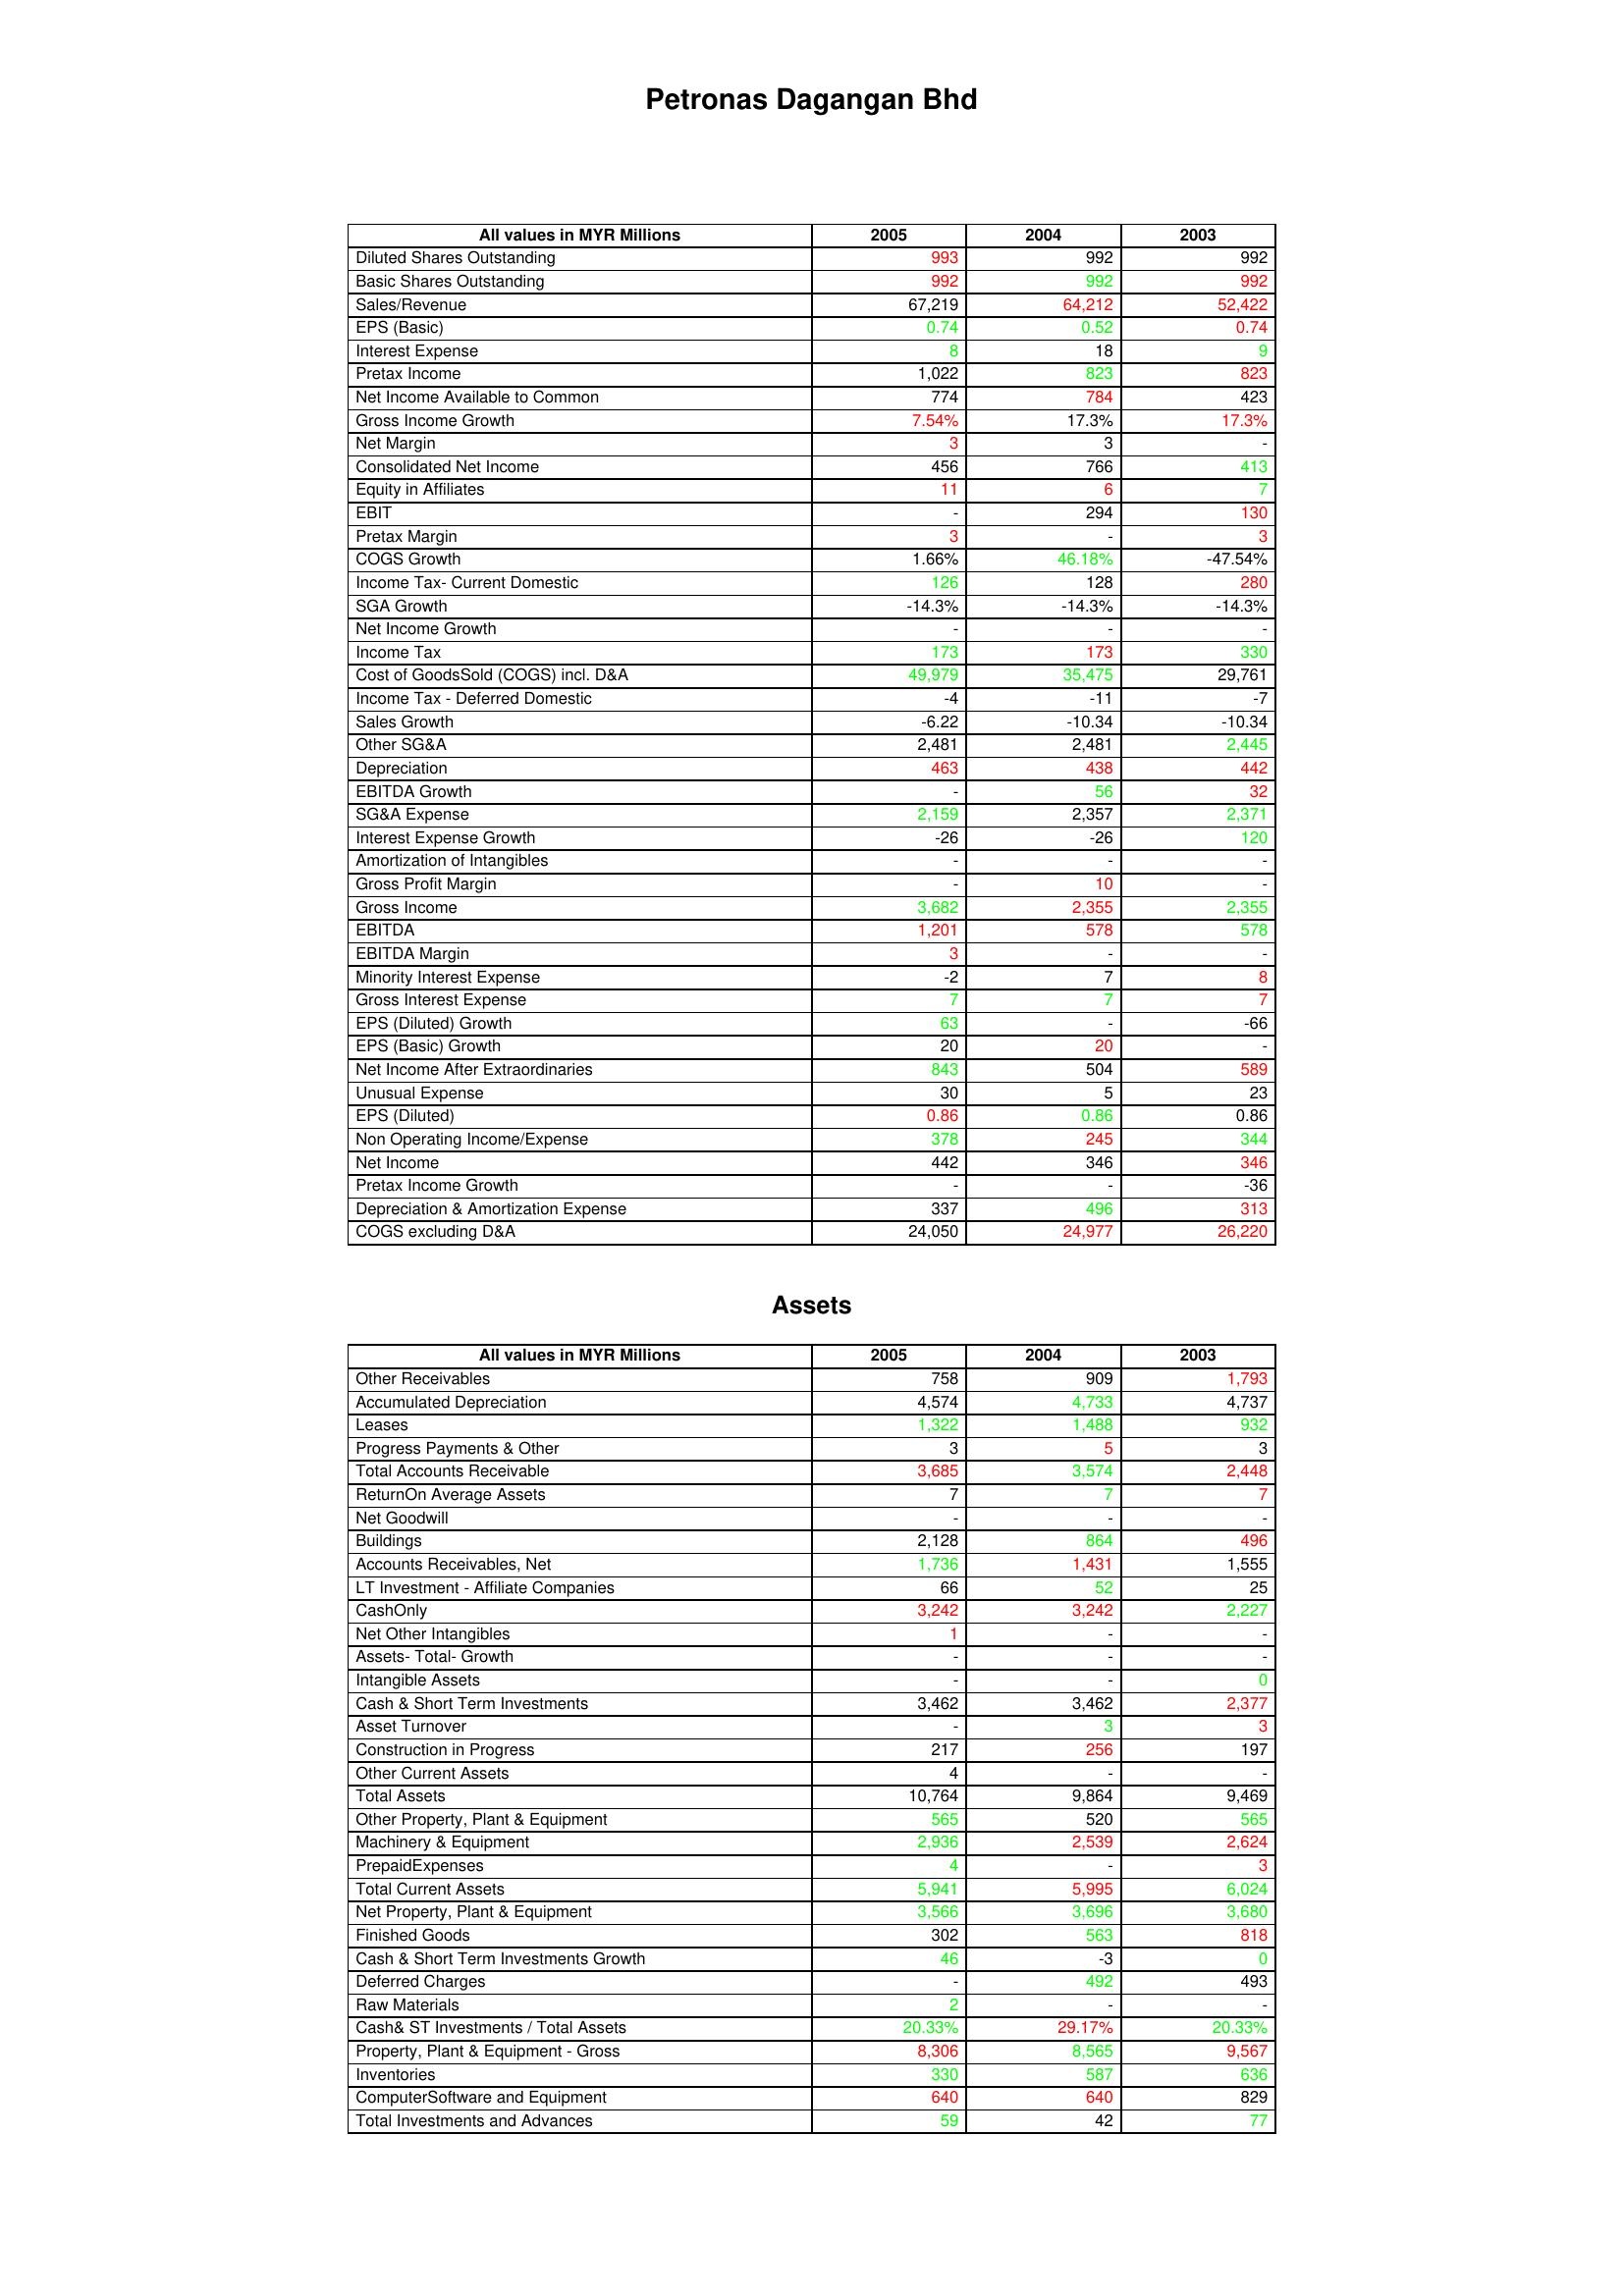
gt_parse: 2005: : Diluted Shares Outstanding: 993
Basic Shares Outstanding: 992
Sales/Revenue: 67,219
EPS (Basic): 0.74
Interest Expense: 8
Pretax Income: 1,022
Net Income Available to Common: 774
Gross Income Growth: 7.54%
Net Margin: 3
Consolidated Net Income: 456
Equity in Affiliates: 11
EBIT: -
Pretax Margin: 3
COGS Growth: 1.66%
Income Tax- Current Domestic: 126
SGA Growth: -14.3%
Net Income Growth: -
Income Tax: 173
Cost of GoodsSold (COGS) incl. D&A: 49,979
Income Tax - Deferred Domestic: -4
Sales Growth: -6.22
Other SG&A: 2,481
Depreciation: 463
EBITDA Growth: -
SG&A Expense: 2,159
Interest Expense Growth: -26
Amortization of Intangibles: -
Gross Profit Margin: -
Gross Income: 3,682
EBITDA: 1,201
EBITDA Margin: 3
Minority Interest Expense: -2
Gross Interest Expense: 7
EPS (Diluted) Growth: 63
EPS (Basic) Growth: 20
Net Income After Extraordinaries: 843
Unusual Expense: 30
EPS (Diluted): 0.86
Non Operating Income/Expense: 378
Net Income: 442
Pretax Income Growth: -
Depreciation & Amortization Expense: 337
COGS excluding D&A: 24,050
Assets: Other Receivables: 758
Accumulated Depreciation: 4,574
Leases: 1,322
Progress Payments & Other: 3
Total Accounts Receivable: 3,685
ReturnOn Average Assets: 7
Net Goodwill: -
Buildings: 2,128
Accounts Receivables, Net: 1,736
LT Investment - Affiliate Companies: 66
CashOnly: 3,242
Net Other Intangibles: 1
Assets- Total- Growth: -
Intangible Assets: -
Cash & Short Term Investments: 3,462
Asset Turnover: -
Construction in Progress: 217
Other Current Assets: 4
Total Assets: 10,764
Other Property, Plant & Equipment: 565
Machinery & Equipment: 2,936
PrepaidExpenses: 4
Total Current Assets: 5,941
Net Property, Plant & Equipment: 3,566
Finished Goods: 302
Cash & Short Term Investments Growth: 46
Deferred Charges: -
Raw Materials: 2
Cash& ST Investments / Total Assets: 20.33%
Property, Plant & Equipment - Gross : 8,306
Inventories: 330
ComputerSoftware and Equipment: 640
Total Investments and Advances: 59
2004: : Diluted Shares Outstanding: 992
Basic Shares Outstanding: 992
Sales/Revenue: 64,212
EPS (Basic): 0.52
Interest Expense: 18
Pretax Income: 823
Net Income Available to Common: 784
Gross Income Growth: 17.3%
Net Margin: 3
Consolidated Net Income: 766
Equity in Affiliates: 6
EBIT: 294
Pretax Margin: -
COGS Growth: 46.18%
Income Tax- Current Domestic: 128
SGA Growth: -14.3%
Net Income Growth: -
Income Tax: 173
Cost of GoodsSold (COGS) incl. D&A: 35,475
Income Tax - Deferred Domestic: -11
Sales Growth: -10.34
Other SG&A: 2,481
Depreciation: 438
EBITDA Growth: 56
SG&A Expense: 2,357
Interest Expense Growth: -26
Amortization of Intangibles: -
Gross Profit Margin: 10
Gross Income: 2,355
EBITDA: 578
EBITDA Margin: -
Minority Interest Expense: 7
Gross Interest Expense: 7
EPS (Diluted) Growth: -
EPS (Basic) Growth: 20
Net Income After Extraordinaries: 504
Unusual Expense: 5
EPS (Diluted): 0.86
Non Operating Income/Expense: 245
Net Income: 346
Pretax Income Growth: -
Depreciation & Amortization Expense: 496
COGS excluding D&A: 24,977
Assets: Other Receivables: 909
Accumulated Depreciation: 4,733
Leases: 1,488
Progress Payments & Other: 5
Total Accounts Receivable: 3,574
ReturnOn Average Assets: 7
Net Goodwill: -
Buildings: 864
Accounts Receivables, Net: 1,431
LT Investment - Affiliate Companies: 52
CashOnly: 3,242
Net Other Intangibles: -
Assets- Total- Growth: -
Intangible Assets: -
Cash & Short Term Investments: 3,462
Asset Turnover: 3
Construction in Progress: 256
Other Current Assets: -
Total Assets: 9,864
Other Property, Plant & Equipment: 520
Machinery & Equipment: 2,539
PrepaidExpenses: -
Total Current Assets: 5,995
Net Property, Plant & Equipment: 3,696
Finished Goods: 563
Cash & Short Term Investments Growth: -3
Deferred Charges: 492
Raw Materials: -
Cash& ST Investments / Total Assets: 29.17%
Property, Plant & Equipment - Gross : 8,565
Inventories: 587
ComputerSoftware and Equipment: 640
Total Investments and Advances: 42
2003: : Diluted Shares Outstanding: 992
Basic Shares Outstanding: 992
Sales/Revenue: 52,422
EPS (Basic): 0.74
Interest Expense: 9
Pretax Income: 823
Net Income Available to Common: 423
Gross Income Growth: 17.3%
Net Margin: -
Consolidated Net Income: 413
Equity in Affiliates: 7
EBIT: 130
Pretax Margin: 3
COGS Growth: -47.54%
Income Tax- Current Domestic: 280
SGA Growth: -14.3%
Net Income Growth: -
Income Tax: 330
Cost of GoodsSold (COGS) incl. D&A: 29,761
Income Tax - Deferred Domestic: -7
Sales Growth: -10.34
Other SG&A: 2,445
Depreciation: 442
EBITDA Growth: 32
SG&A Expense: 2,371
Interest Expense Growth: 120
Amortization of Intangibles: -
Gross Profit Margin: -
Gross Income: 2,355
EBITDA: 578
EBITDA Margin: -
Minority Interest Expense: 8
Gross Interest Expense: 7
EPS (Diluted) Growth: -66
EPS (Basic) Growth: -
Net Income After Extraordinaries: 589
Unusual Expense: 23
EPS (Diluted): 0.86
Non Operating Income/Expense: 344
Net Income: 346
Pretax Income Growth: -36
Depreciation & Amortization Expense: 313
COGS excluding D&A: 26,220
Assets: Other Receivables: 1,793
Accumulated Depreciation: 4,737
Leases: 932
Progress Payments & Other: 3
Total Accounts Receivable: 2,448
ReturnOn Average Assets: 7
Net Goodwill: -
Buildings: 496
Accounts Receivables, Net: 1,555
LT Investment - Affiliate Companies: 25
CashOnly: 2,227
Net Other Intangibles: -
Assets- Total- Growth: -
Intangible Assets: 0
Cash & Short Term Investments: 2,377
Asset Turnover: 3
Construction in Progress: 197
Other Current Assets: -
Total Assets: 9,469
Other Property, Plant & Equipment: 565
Machinery & Equipment: 2,624
PrepaidExpenses: 3
Total Current Assets: 6,024
Net Property, Plant & Equipment: 3,680
Finished Goods: 818
Cash & Short Term Investments Growth: 0
Deferred Charges: 493
Raw Materials: -
Cash& ST Investments / Total Assets: 20.33%
Property, Plant & Equipment - Gross : 9,567
Inventories: 636
ComputerSoftware and Equipment: 829
Total Investments and Advances: 77